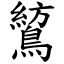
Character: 鶭